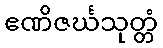
ဧဏိဇင်္ဃသုတ္တံ